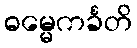
ဓမ္မေကင်္ခတိ